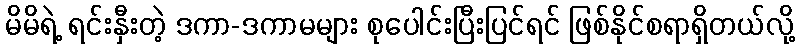
မိမိရဲ့ ရင်းနှီးတဲ့ ဒကာ-ဒကာမများ စုပေါင်းပြီးပြင်ရင် ဖြစ်နိုင်စရာရှိတယ်လို့